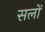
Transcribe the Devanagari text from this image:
सलों